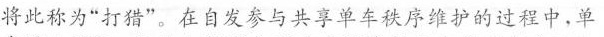
将此称为”打猎”。在自发参与共享单车秩序维护的过程中，单